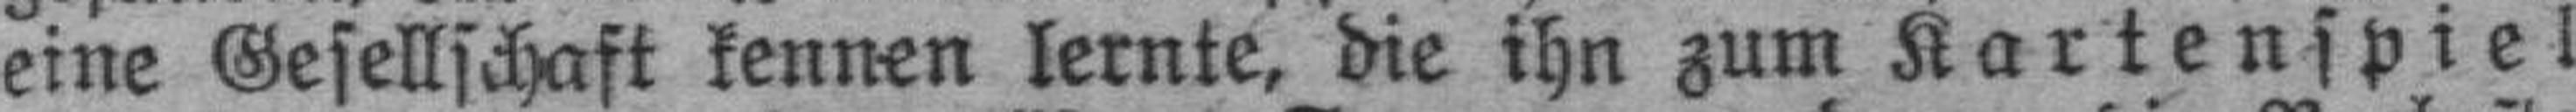
eine Gesellschaft kennen lernte, die ihn zum Kartenspiel